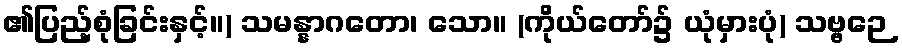
၏ပြည့်စုံခြင်းနှင့်။) သမန္နာဂတော၊ သော။ (ကိုယ်တော်၌ ယုံမှားပုံ) သဗ္ဗဉေ